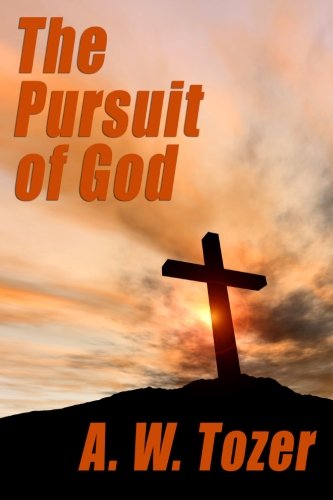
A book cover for The Pursuit of God; A. W. Tozer; Politics & Social Sciences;